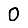
Digit: 0